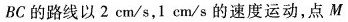
B C$$的路线以2cm/s，1cm/s的速度运动，点M